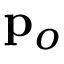
{ \bf p } _ { o }